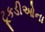
ટૂકડીઓના